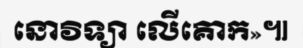
នោវិទ្យា លើគោក»៕